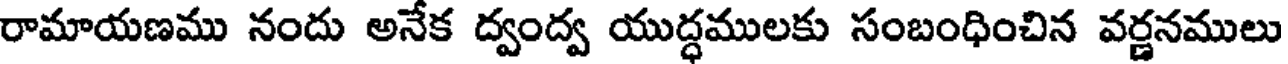
రామాయణము నందు అనేక ద్వంద్వ యుద్ధములకు సంబంధించిన వర్ణనములు